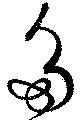
多